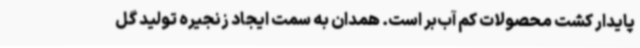
پایدار کشت محصولات کم آب‌بر است. همدان به سمت ایجاد زنجیره تولید گل